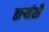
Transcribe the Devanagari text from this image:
ताऱ्यांशी